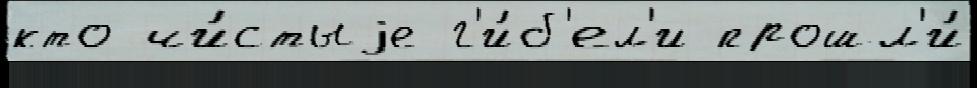
кто чи́стыjе г'и́б'ел'и прошл'и́